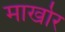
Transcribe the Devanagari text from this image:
मार्खोर